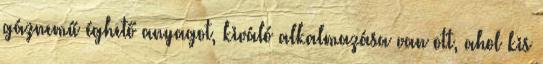
gáznemű éghető anyagot, kiváló alkalmazása van ott, ahol kis